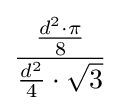
{\frac {\frac {d^{2}\cdot \pi }{8}}{{\frac {d^{2}}{4}}\cdot {\sqrt {3}}}}